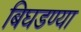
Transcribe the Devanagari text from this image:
बिघडण्या